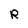
Character: R